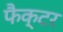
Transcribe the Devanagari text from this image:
फैक्‍टर